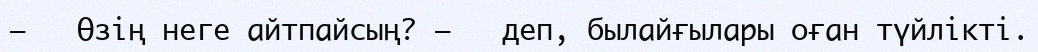
–   Өзің неге айтпайсың? –   деп, былайғылары оған түйлікті.